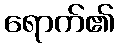
ရောက်၏